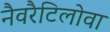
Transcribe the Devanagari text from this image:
नैवरैटिलोवा